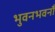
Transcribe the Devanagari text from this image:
भुवनभवनौ